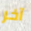
آخر